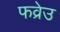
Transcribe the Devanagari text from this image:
फव्रेउ